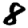
Digit: 8